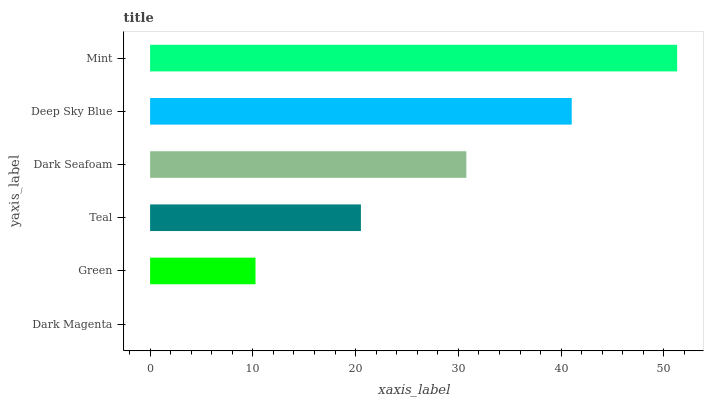
| yaxis_label | bars |
 | --- | --- |
 | Dark Magenta | 0 |
 | Green | 10.3 |
 | Teal | 20.5 |
 | Dark Seafoam | 30.8 |
 | Deep Sky Blue | 41 |
 | Mint | 51.3 |